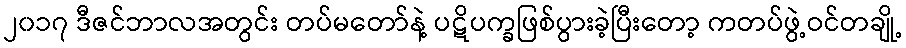
၂၀၁၇ ဒီဇင်ဘာလအတွင်း တပ်မတော်နဲ့ ပဋိပက္ခဖြစ်ပွားခဲ့ပြီးတော့ ကတပ်ဖွဲ့ဝင်တချို့